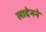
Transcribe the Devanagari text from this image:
लादेनने